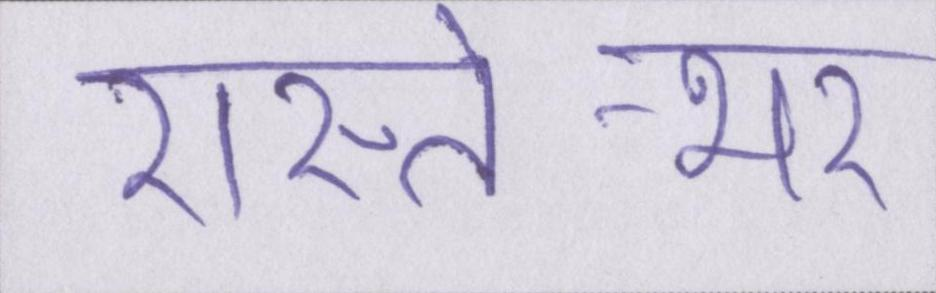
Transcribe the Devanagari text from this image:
रास्ते-भर